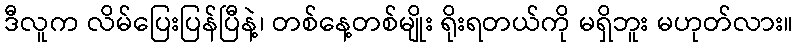
ဒီလူက လိမ်ပြေးပြန်ပြီနဲ့၊ တစ်နေ့တစ်မျိုး ရိုးရတယ်ကို မရှိဘူး မဟုတ်လား။